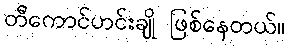
တီကောင်ဟင်းချို ဖြစ်နေတယ်။